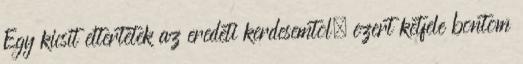
Egy kicsit eltertetek az eredeti kerdesemtol, ezert ketfele bontom